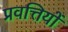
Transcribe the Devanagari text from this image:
प्रवत्तियों